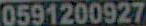
0591200927